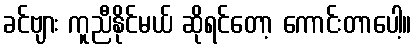
ခင်ဗျား ကူညီနိုင်မယ် ဆိုရင်တော့ ကောင်းတာပေါ့။